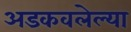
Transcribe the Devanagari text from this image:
अडकवलेल्या